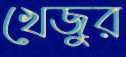
খেজুর